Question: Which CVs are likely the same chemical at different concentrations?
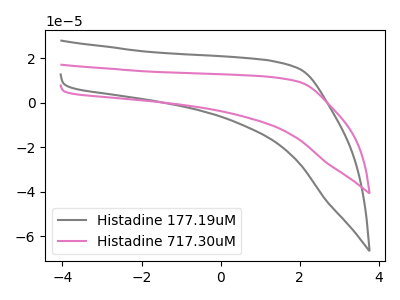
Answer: <think>The gray curve "Histadine 177.19uM" has no peaks. The pink curve "Histadine 717.30uM" has no peaks.
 Neither "Histadine 177.19uM" or "Histadine 717.30uM" have any peaks.</think>
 <answer>"Histadine 177.19uM" and "Histadine 717.30uM" have the same shape and are likely CV's of the same chemical.</answer>
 <eval>"Histadine 177.19uM" "Histadine 717.30uM"</eval>